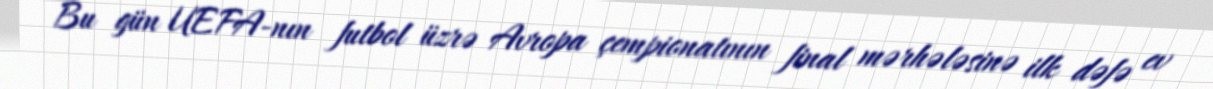
Bu gün UEFA-nın futbol üzrə Avropa çempionatının final mərhələsinə ilk dəfə ev